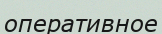
оперативное